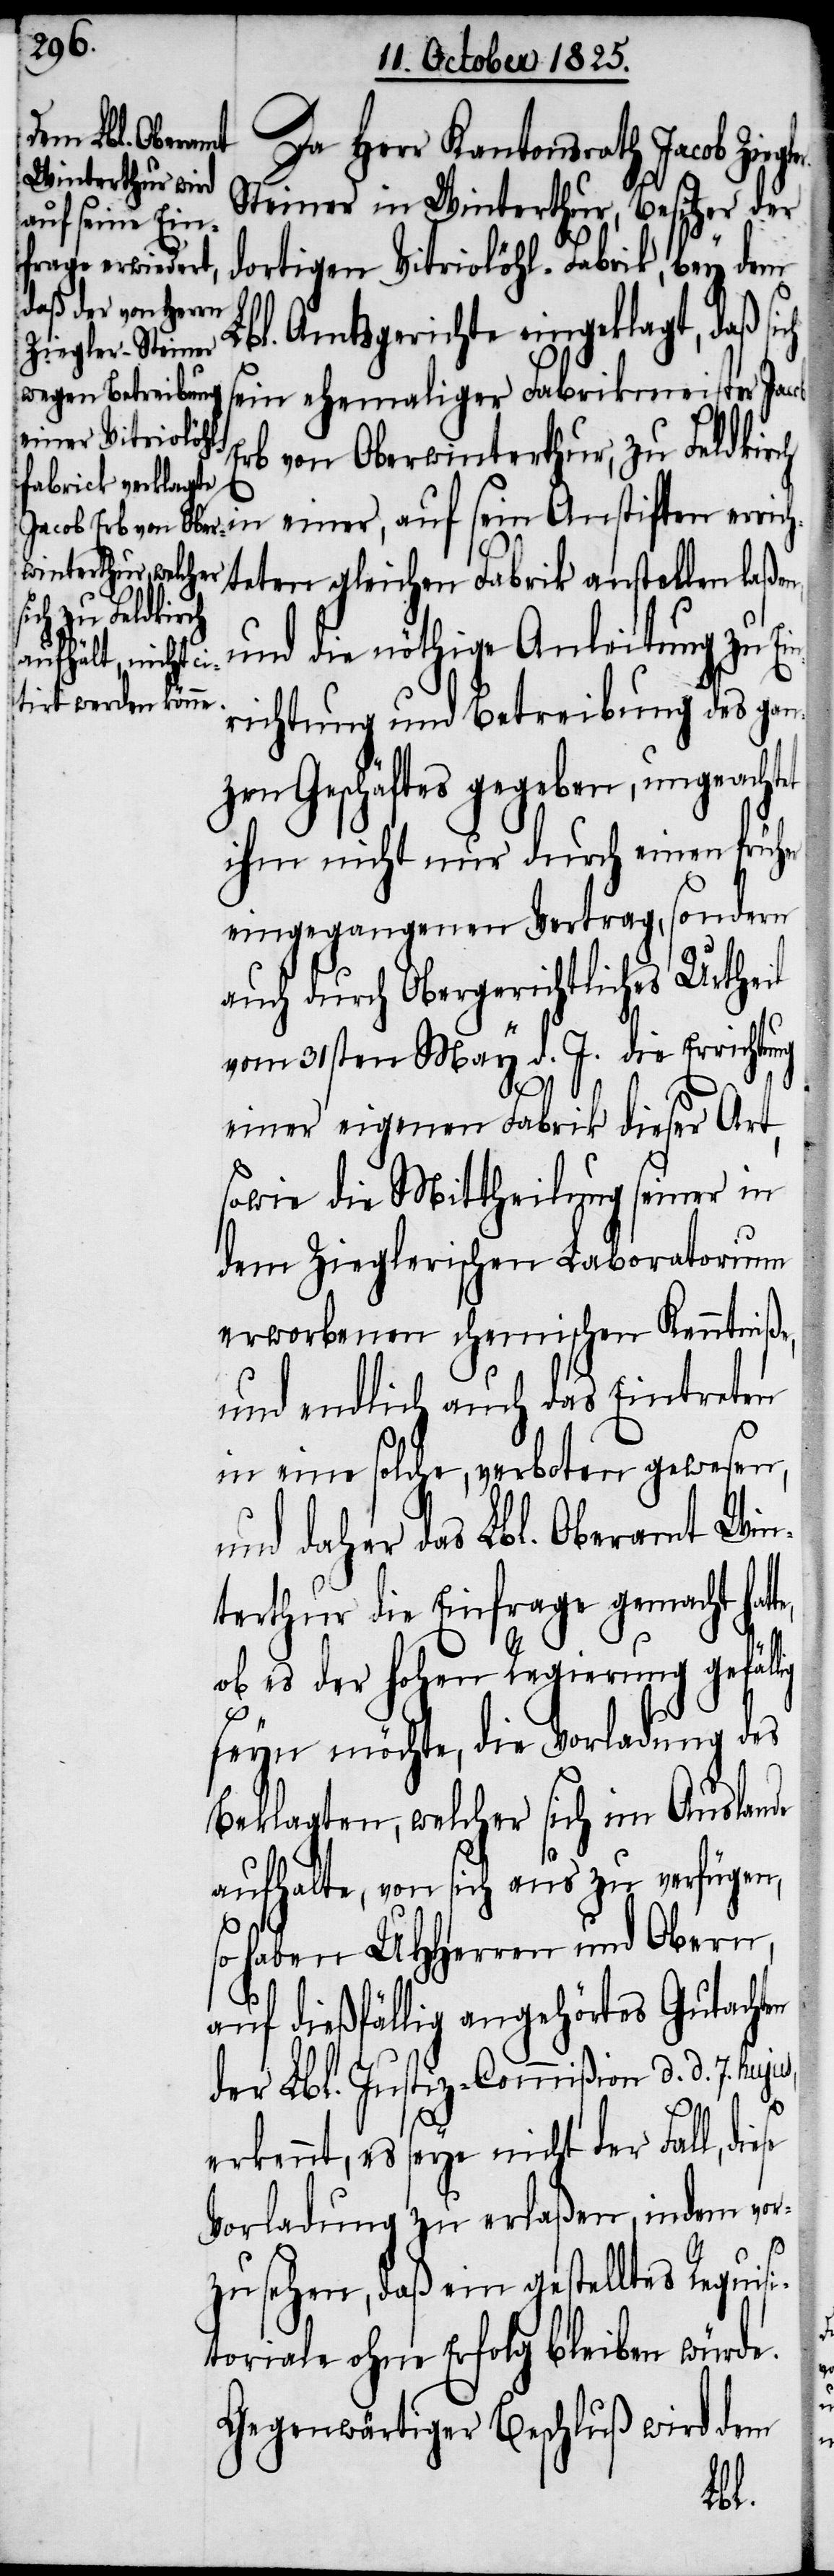
Da Herr Kantonsrath Jacob Ziegl¬
teiner in Winterthur, Besitzer der
dortigen Vitriolöhl-Fabrik, bey dem
Lbl. Amtsgerichte eingeklagt, daß sich
sein ehemaliger Fabrikmeister Jacob
Erb von Oberwinterthur, zu Feldkirch
in einer, auf sein Anstiften errich¬
teten gleichen Fabrik anstellen laßen
und die nöthige Anleitung zu Ei¬
nrichtung und Betreibung des gan¬
zen Geschäftes gegeben, ungeacht¬
ihm nicht nur durch einen früher
eingegangenen Vertrag, sondern
auch durch Obergerichtliches Urtheil
vom 31sten May d. J. die Errichtung
einer eigenen Fabrik dieser Art,
sowie die Mittheilung seiner in
dem Zieglerischen Laboratorium
erworbenen chemischen Kenntniße,
und endlich auch das eintreten
in eine solche, verboten gewesen,
und daher das Lbl. Oberamt Win¬
terthur die Einfrage gemacht hat¬
te,
ob es der hohen Regierung gefällig
seyn möchte, die Vorladung des
Beklagten, welcher sich im Auslande
aufhalte, von sich aus zu verfügen,
so haben UHHerren und Obern,
auf dießfällig angehörtes Gutachten
der Lbl. Justiz-Commißion d. d. 7. hujus,
erkennt, es seye nicht der Fall, diese
Vorladung zu erlaßen, indem vor¬
et
zusehen, daß ein gestelltes Requisi¬
toriale ohne Erfolg bleiben würde.
Gegenwärtiger Beschluß wird dem
er-S¬